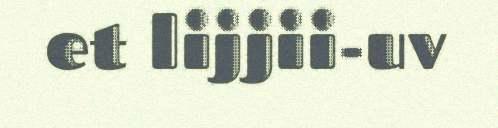
et lijjii-uv